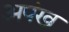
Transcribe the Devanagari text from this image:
अपंख